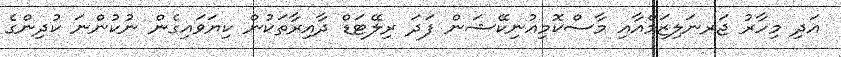
އަދި މިހާރު ޖަރނަލިޒަމްއާއި މާސްކޮމިއުނިކޭޝަން ފަދަ ރިލޭޓަޑް ދާއިރާތަކުން ކިޔަވައިގެން ނުކުންނަ ކުދިންގެ